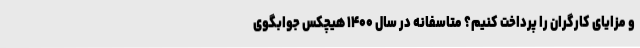
و مزایایِ کارگران را پرداخت کنیم؟ متاسفانه در سال ۱۴۰۰ هیچکس جوابگوی